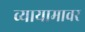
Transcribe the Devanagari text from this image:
व्यायामावर